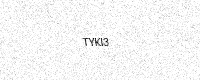
Text: TYKI3